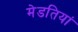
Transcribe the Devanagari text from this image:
मेडतियां